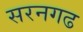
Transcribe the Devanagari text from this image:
सरनगढ